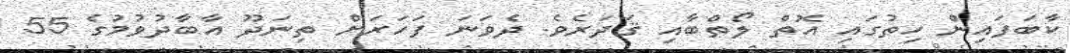
ކާބަފައިން ހިތުގައި އޮތް ލޯތްބާއި ޤަދަރެވެ. ދެވަނަ ފަހަރަށް ތިނަދޫ އާބާދުވުމުގެ 55